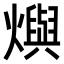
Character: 𤑉